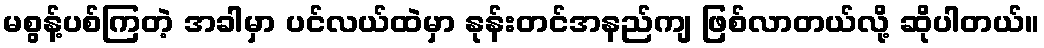
မစွန့်ပစ်ကြတဲ့ အခါမှာ ပင်လယ်ထဲမှာ နုန်းတင်အနည်ကျ ဖြစ်လာတယ်လို့ ဆိုပါတယ်။